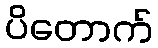
ပိတောက်